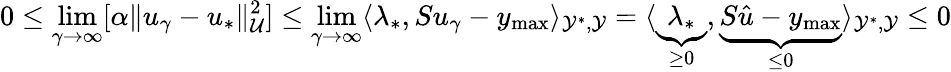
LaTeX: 0\le\operatorname*{lim}_{\gamma\rightarrow\infty}[\alpha\| u_{\gamma}-u_{*}\| _{\mathcal{U}}^{2}]\le\operatorname*{lim}_{\gamma\rightarrow\infty}\langle\lambda_{*},Su_{\gamma}-y_{\operatorname*{max}}\rangle_{\mathcal{Y}^{*},\mathcal{Y}}=\langle\underbrace{\lambda_{*}}_{\ge 0},\underbrace{S\hat{u}-y_{\operatorname*{max}}}_{\le 0}\rangle_{\mathcal{Y}^{*},\mathcal{Y}}\le 0